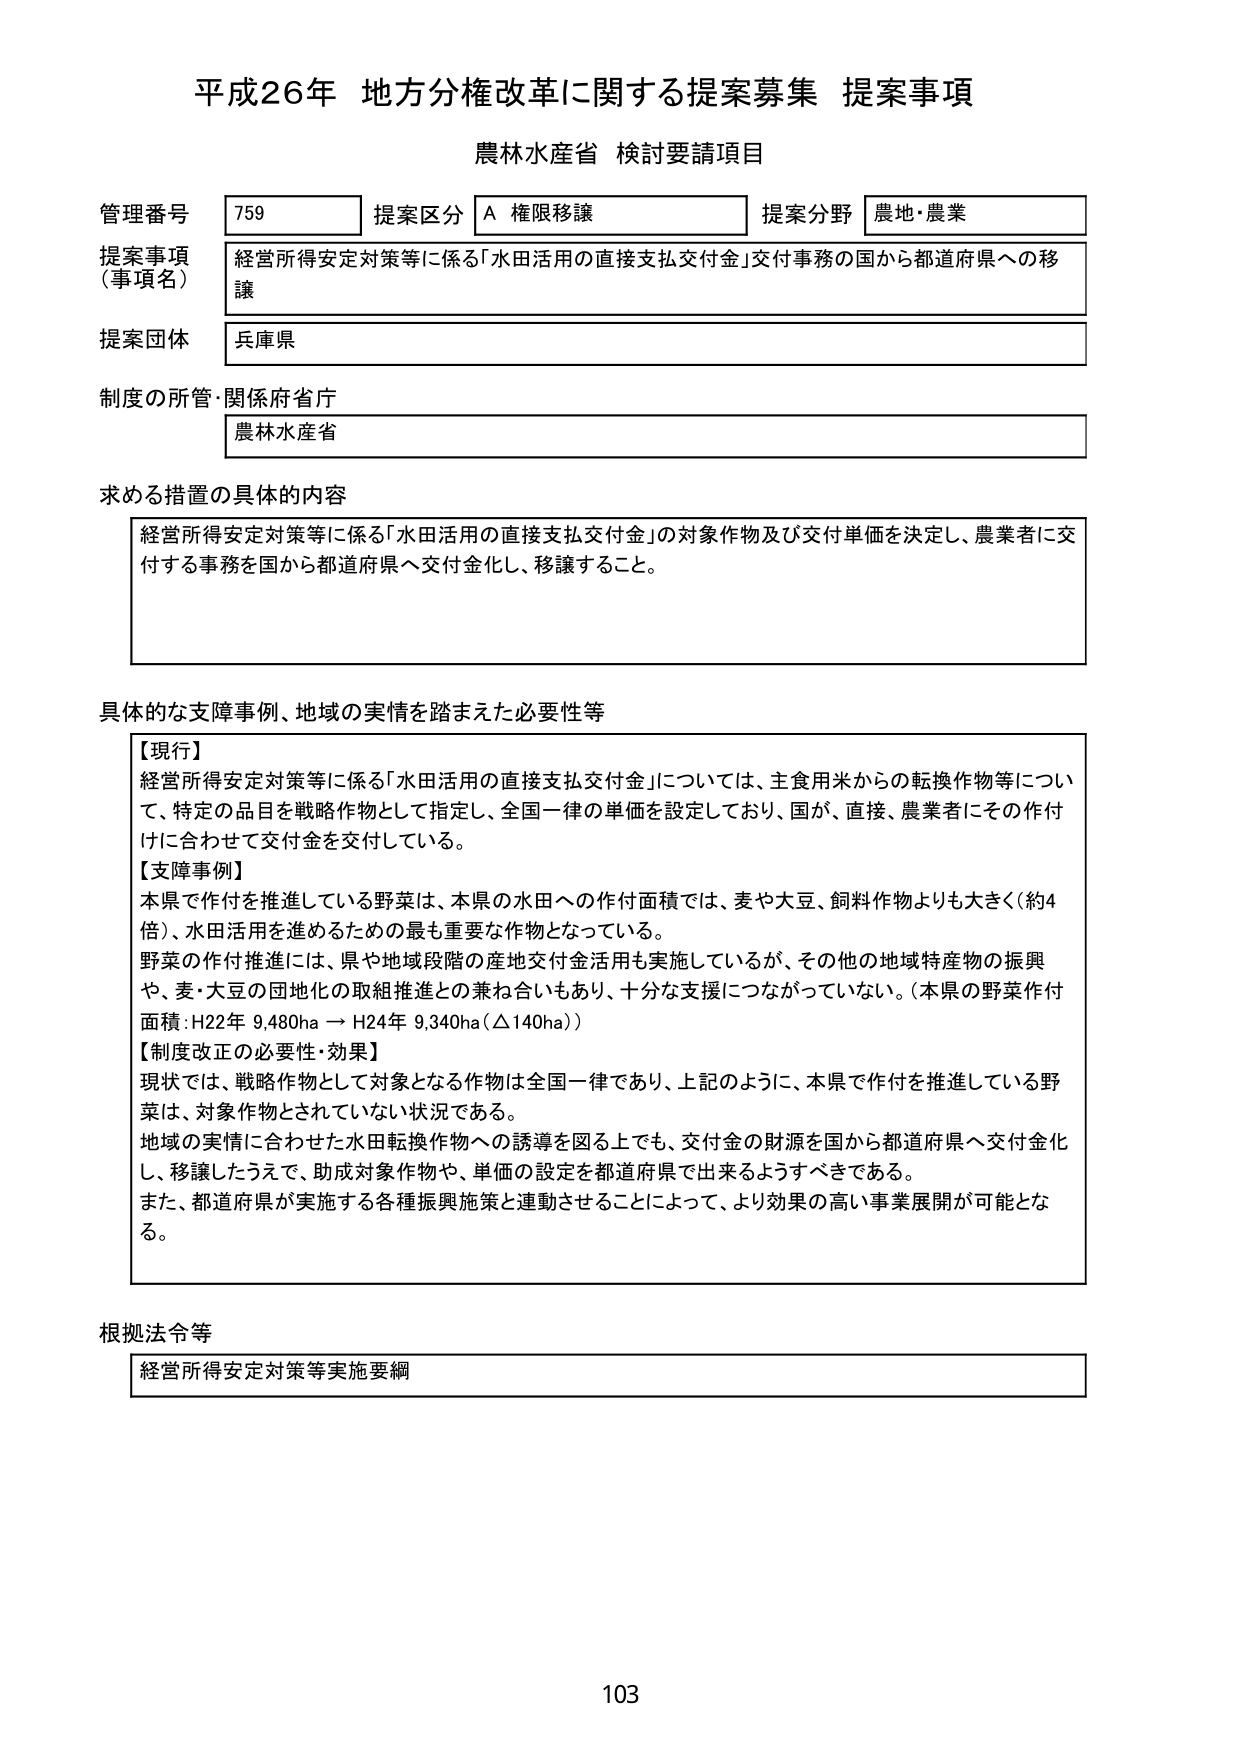
平成26年 地方分権改革に関する提案募集 提案事項
農林水産省 検討要請項目

管理番号 759 提案区分 A 権限移譲 提案分野 農地・農業
提案事項（事項名） 経営所得安定対策等に係る「水田活用の直接支払交付金」交付事務の国から都道府県への移譲
提案団体 兵庫県
制度の所管・関係府省庁 農林水産省

求める措置の具体的内容
経営所得安定対策等に係る「水田活用の直接支払交付金」の対象作物及び交付単価を決定し、農業者に交付する事務を国から都道府県へ交付金化し、移譲すること。

具体的な支障事例、地域の実情を踏まえた必要性等
【現行】
経営所得安定対策等に係る「水田活用の直接支払交付金」については、主食用米からの転換作物等について、特定の品目を戦略作物として指定し、全国一律の単価を設定しており、国が、直接、農業者にその作付けに合わせて交付金を交付している。
【支障事例】
本県で作付を推進している野菜は、本県の水田への作付面積では、麦や大豆、飼料作物よりも大きく（約4倍）、水田活用を進めるための最も重要な作物となっている。
野菜の作付推進には、県や地域段階の産地交付金活用も実施しているが、その他の地域特産物の振興や、麦・大豆の団地化の取組推進との兼ね合いもあり、十分な支援につながっていない。（本県の野菜作付面積：H22年 9,480ha → H24年 9,340ha（△140ha））
【制度改正の必要性・効果】
現状では、戦略作物として対象となる作物は全国一律であり、上記のように、本県で作付を推進している野菜は、対象作物とされていない状況である。
地域の実情に合わせた水田転換作物への誘導を図る上でも、交付金の財源を国から都道府県へ交付金化し、移譲したうえで、助成対象作物や、単価の設定を都道府県で出来るようすべきである。
また、都道府県が実施する各種振興施策と連動させることによって、より効果の高い事業展開が可能となる。

根拠法令等
経営所得安定対策等実施要綱

103